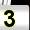
Digit: 3